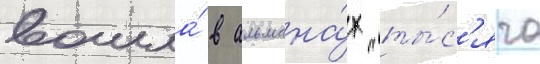
вошла́ в альмана́х "ты́с'яча